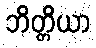
ဘိတ္တိယာ